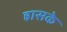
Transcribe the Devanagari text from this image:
ह्रासके